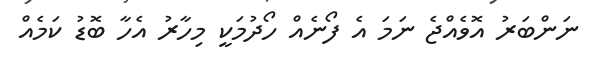
ނަންބަރު އޮވެއްޖެ ނަމަ އެ ފޯނެއް ހޯދުމަކީ މިހާރު އެހާ ބޮޑު ކަމެއް